Civil Veterinary Department. Central Provinces & Berar 1925-31 - 1925-1931
Year: 1925
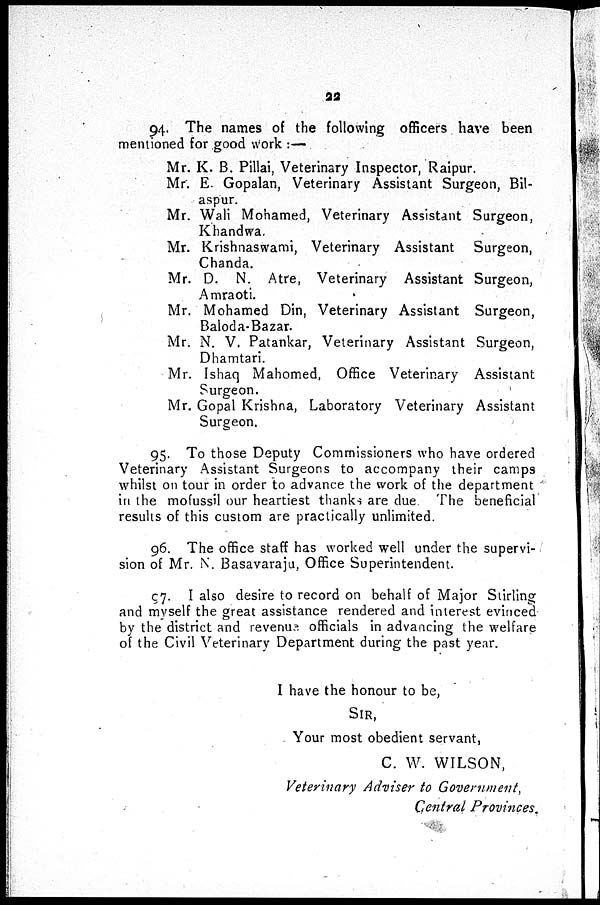
22
94. The names of the following officers have been
mentioned for good Work :—
Mr. K. B. Pillai, Veterinary Inspector, Raipur.
Mr. E. Gopalan, Veterinary Assistant Surgeon, Bil-
aspur.
Mr. Wali Mohamed, Veterinary Assistant Surgeon,
Khandwa.
Mr. Krishnaswami, Veterinary Assistant
Surgeon,
Chanda.
Mr. D. N. Atre, Veterinary Assistant Surgeon,
Amraoti.
Mr. Mohamed Din, Veterinary Assistant Surgeon,
Baloda-Bazar.
Mr. N. V. Patankar, Veterinary Assistant Surgeon,
Dhamtari.
Mr. Ishaq Mahomed, Office Veterinary Assistant
Surgeon.
Mr. Gopal Krishna, Laboratory Veterinary Assistant
Surgeon.
95. To those Deputy Commissioners who have ordered
Veterinary Assistant Surgeons to accompany their camps
whilst on tour in order to advance the work of the department
in the mofussil our heartiest thanks are due The beneficial
results of this custom are practically unlimited.
96. The office staff has worked well under the supervi-
sion of Mr. N. Basavaraju, Office Superintendent.
97. I also desire to record on behalf of Major Stirling
and myself the great assistance rendered and interest evinced
by the district and revenue officials in advancing the welfare
of the Civil Veterinary Department during the past year.
I have the honour to be,
SIR,
Your most obedient servant,
C. W. WILSON,
Veterinary Adviser to Government,
Central Provinces.